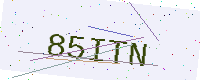
Text: 85ITN